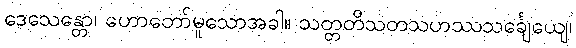
ဒေသေန္တော၊ ဟောတော်မူသောအခါ။ သတ္တတိသတသဟဿသင်္ချေယျေ၊